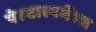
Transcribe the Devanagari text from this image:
पेल्टास्पर्मेल्स